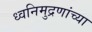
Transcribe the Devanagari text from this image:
ध्वनिमुद्रणांच्या